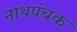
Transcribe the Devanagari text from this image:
नाथपंचक